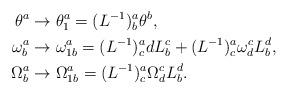
LaTeX: \begin{align*}\theta^{a} & \rightarrow\theta_{1}^{a}=(L^{-1})_{b}^{a}\theta^{b},\\\omega_{b}^{a} & \rightarrow\omega_{1b}^{a}=(L^{-1})_{c}^{a}dL_{b}^{c}+(L^{-1})_{c}^{a}\omega_{d}^{c}L_{b}^{d},\\\Omega_{b}^{a} & \rightarrow\Omega_{1b}^{a}=(L^{-1})_{c}^{a}\Omega_{d}^{c}L_{b}^{d}.\end{align*}